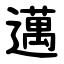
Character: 邁